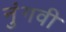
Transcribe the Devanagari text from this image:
नुंगवी